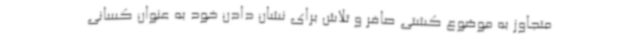
متجاوز به موضوع کشتی صافر و تلاش برای نشان دادن خود به عنوان کسانی